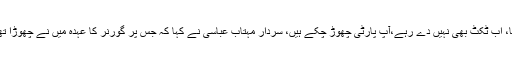
چیف جسٹس سپریم کورٹ نے ریمارکس میں کہا کہ گورنر سے ہٹایا گیا پھر مشیر لگا دیا گیا، اب ٹکٹ بھی نہیں دے رہے،آپ پارٹی چھوڑ چکے ہیں، سردار مہتاب عباسی نے کہا کہ جس پر گورنر کا عہدہ میں نے چھوڑا تھا ہٹایا نہیں گیا تھا، ضمیر کےمطابق فیصلے کرتا ہوں ایئرلائن کا ایک روپیہ ضائع نہیں کیا۔